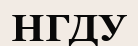
НГДУ